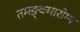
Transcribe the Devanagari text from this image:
तमङ्क्मारोग्य